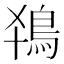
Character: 𬷂